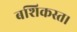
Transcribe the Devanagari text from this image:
बशिकस्त।